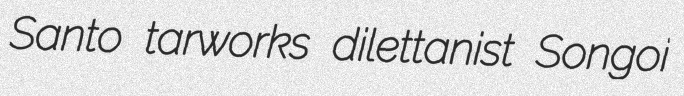
Santo tarworks dilettanist Songoi